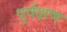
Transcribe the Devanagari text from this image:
पूर्वक्षण